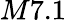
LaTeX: M7.1